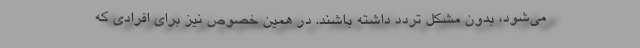
می‌شود، بدون مشکل تردد داشته باشند. در همین خصوص نیز برای افرادی که